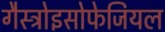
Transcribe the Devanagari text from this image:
गैस्ट्रोइसोफेजियल